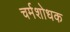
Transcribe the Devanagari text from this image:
चर्मशोधक